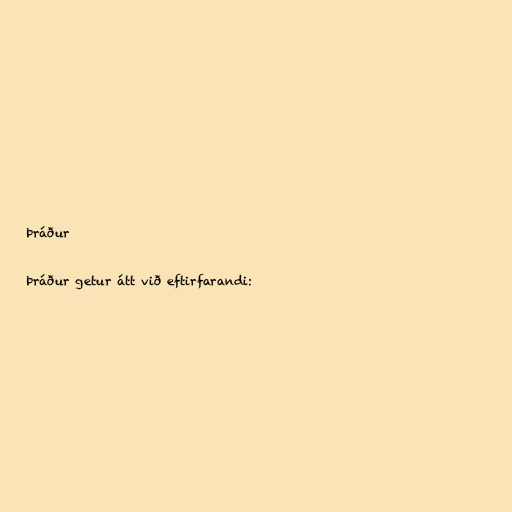
Þráður

Þráður getur átt við eftirfarandi: